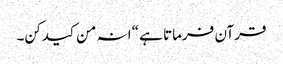
قرآن فرماتا ہے “انہ من کیدکن۔